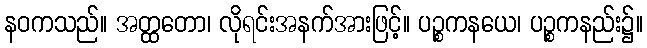
နဝကသည်။ အတ္ထတော၊ လိုရင်းအနက်အားဖြင့်။ ပဉ္စကနယေ၊ ပဉ္စကနည်း၌။